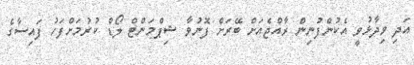
އަދި ވިދާޅުވީ އެކުންފުނިން ރާއްޖެއަށް ބޭރަށް ފޮނުވާ ޝިޕްމަންޓް ލޯޑް ކުރުމަށްފަހު ފައިސާގެ